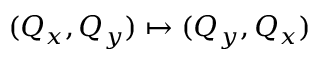
( Q _ { x } , Q _ { y } ) \mapsto ( Q _ { y } , Q _ { x } )